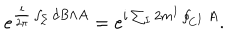
e ^ { \frac { i } { 2 \pi } \int _ { \Sigma } { d B \wedge A } } = e ^ { i \sum _ { I } 2 m ^ { I } \oint _ { C ^ { I } } A } .